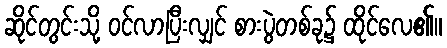
ဆိုင်တွင်းသို့ ဝင်လာပြီးလျှင် စားပွဲတစ်ခု၌ ထိုင်လေ၏။